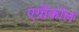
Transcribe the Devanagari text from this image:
एग्रीकोल